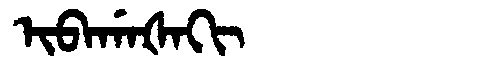
Manchu: ᡳᠪᠠᡤᠠᡧᠠᡴᡳ
Romanization: IBAGAŠAKI